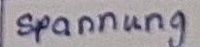
Text: Spannung